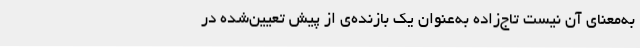
به‌معنای آن نیست تاج‌زاده به‌عنوان یک بازنده‌ی از پیش تعیین‌شده در